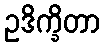
ဥဒိက္ခိတာ